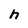
Character: h